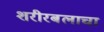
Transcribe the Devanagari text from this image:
शरीरबलाचा